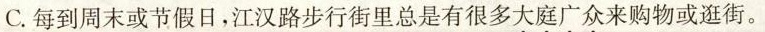
C. 每到周末或节假日，江汉路步行街里总是有很多大庭广众来购物或逛街。